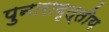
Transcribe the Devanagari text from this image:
पुनारावृत्तीय